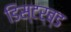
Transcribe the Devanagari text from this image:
डिस्टर्ब्ड